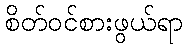
စိတ်ဝင်စားဖွယ်ရာ